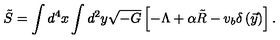
\tilde { S } = \int d ^ { 4 } x \int d ^ { 2 } y \sqrt { - G } \left[ - \Lambda + \alpha \tilde { R } - v _ { b } \delta \left( \vec { y } \right) \right] .